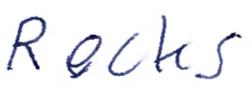
Text: Rocks
Cross-out: clean
Writing tool: ballpoint